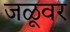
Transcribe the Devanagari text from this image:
जळूवर